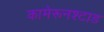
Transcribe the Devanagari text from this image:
कामेरूनश्टाड